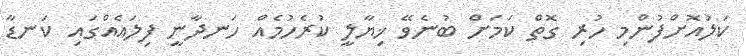
ކަލުއޮށްފުންމި ހުރި ގޮތް ކަމަށް ބުނެވޭ ޚިޔާލީ ކުރެހުމެއް ހަނދާނީ ފިލައެއްގައި ކަނޑާ